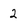
Character: 2